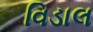
વિડાલ